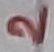
Text: 2